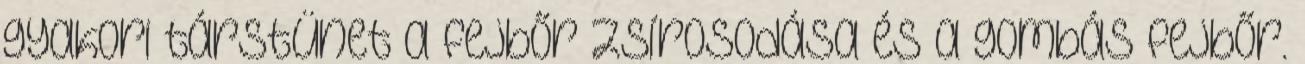
gyakori társtünet a fejbőr zsírosodása és a gombás fejbőr.